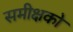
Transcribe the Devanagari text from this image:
समीक्षको